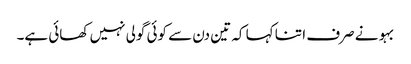
بہو نے صرف ا تنا کہا کہ تین دن سے کوئی گولی نہیں کھائی ہے۔